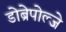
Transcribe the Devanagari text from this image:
डोब्रेपोल्जे